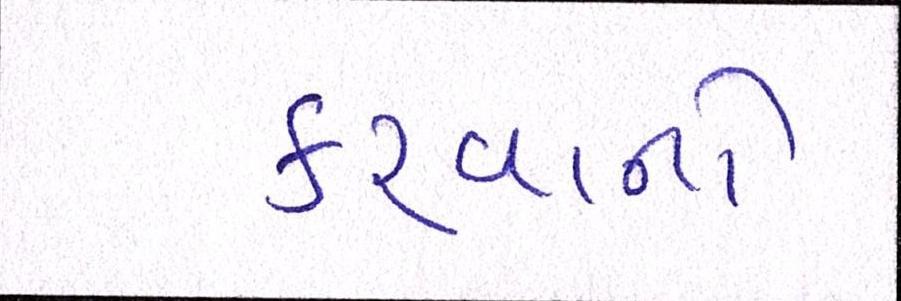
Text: કરવાનો